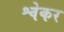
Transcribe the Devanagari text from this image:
श्वेकर